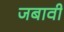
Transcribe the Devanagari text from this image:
जबावी